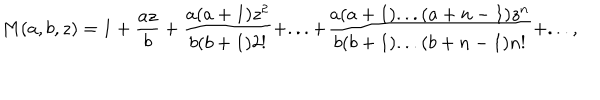
M ( a , b , z ) = 1 + \frac { a z } { b } + \frac { a ( a + 1 ) z ^ { 2 } } { b ( b + 1 ) 2 ! } + . . . + \frac { a ( a + 1 ) . . . ( a + n - 1 ) z ^ { n } } { b ( b + 1 ) . . . ( b + n - 1 ) n ! } + . . . ,